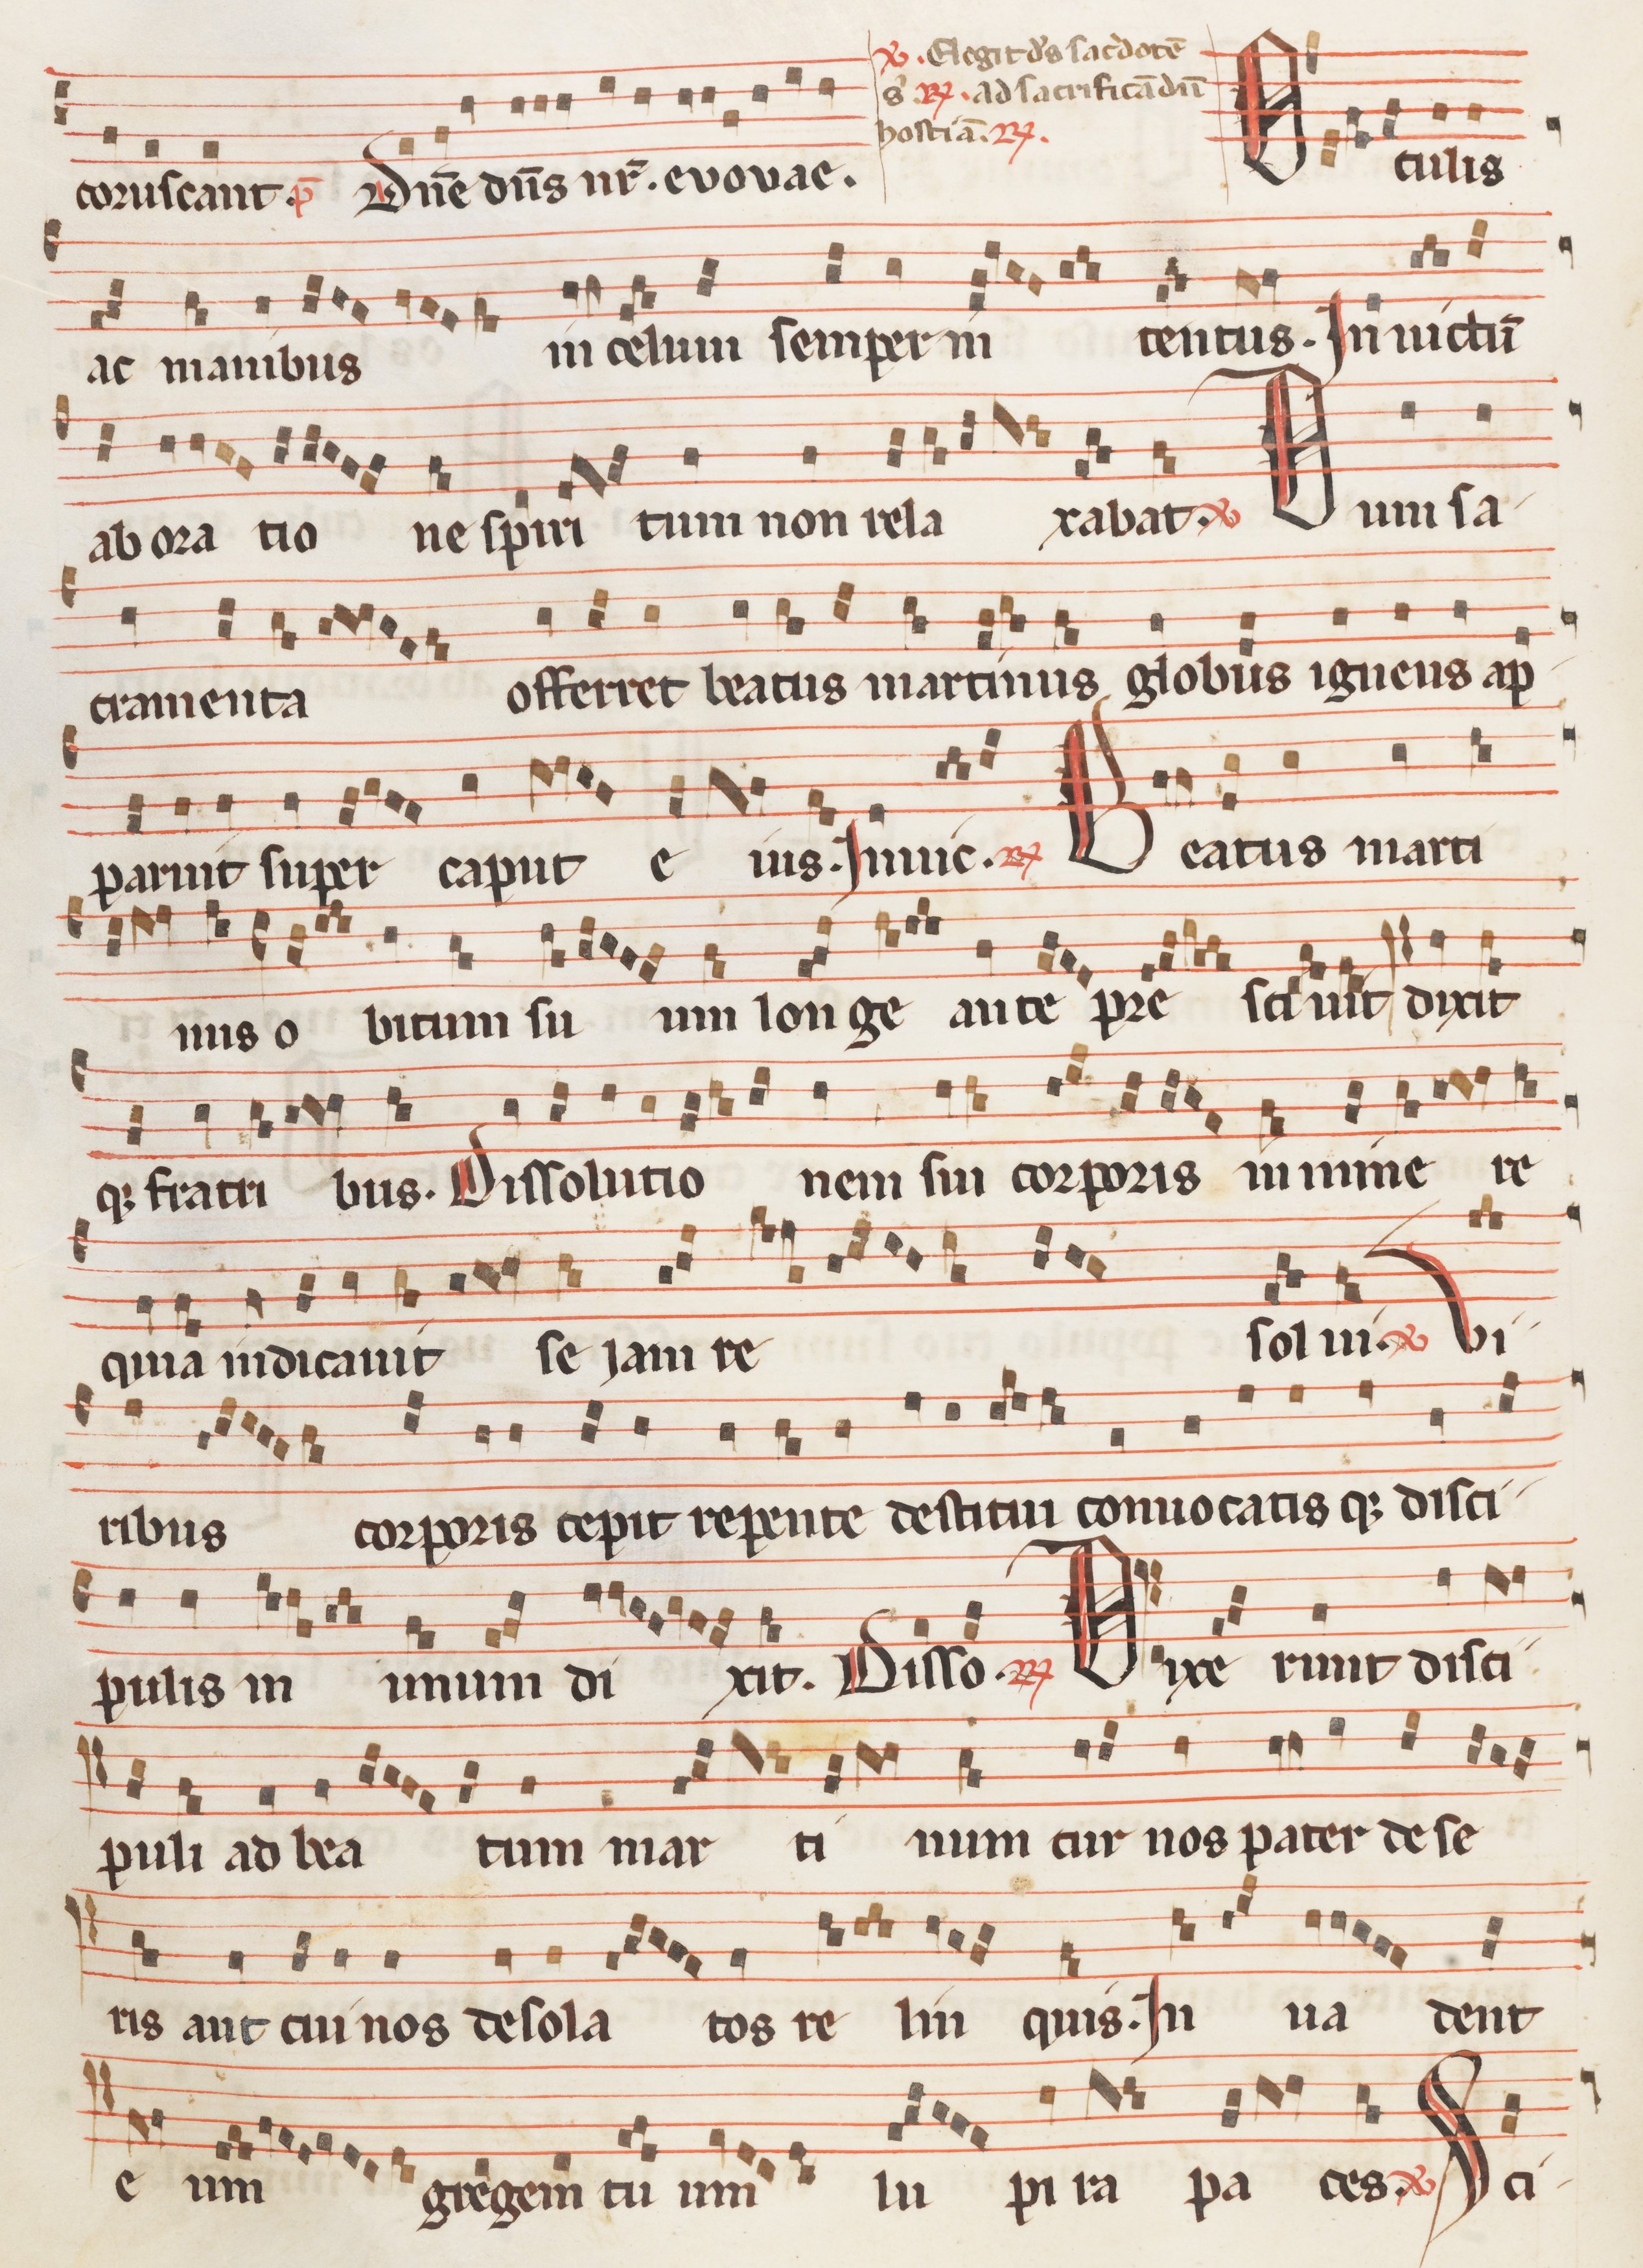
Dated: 1260–1315